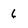
Character: 6